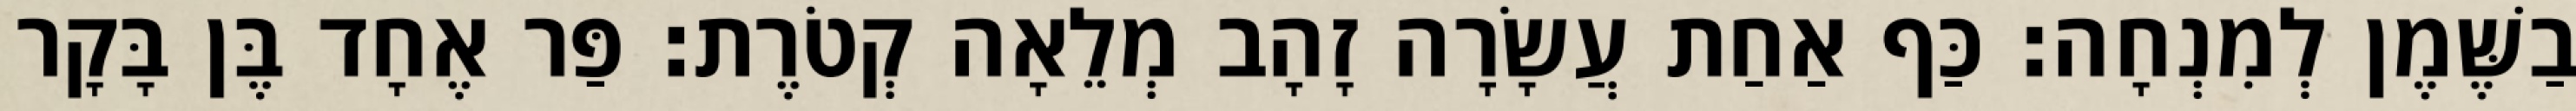
בַשֶּׁמֶן לְמִנְחָה׃ כַּף אַחַת עֲשָׂרָה זָהָב מְלֵאָה קְטֹרֶת׃ פַּר אֶחָד בֶּן בָּקָר